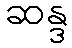
ဆန္ဒ